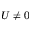
U \neq 0